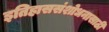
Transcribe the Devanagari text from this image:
इतिहाससंशोधनासाठी